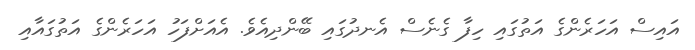
އައިސް އަހަރެންގެ އަތުގައި ހިފާ ގެނެސް އެނދުގައި ބޭންދިއެވެ. އެއަށްފަހު އަހަރެންގެ އަތުގައާއި